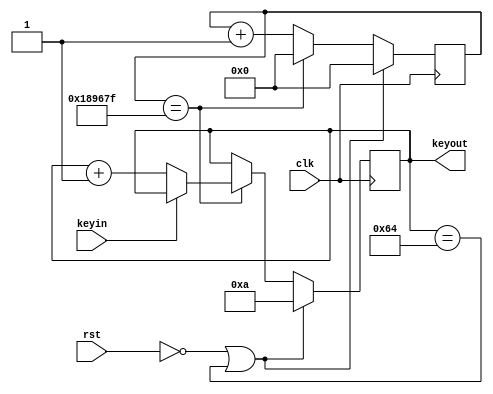
module keygenerator(keyin,keyout,rst,clk);
input  keyin;
input rst,clk;
output [8:0]keyout;
reg [21:0] count;
reg [8:0] key_scan=9'd10;

//reg [8:0]keyout=b;

//always @(posedge clk)
//begin
//if (!rst||keyout==400)
//keyout<=b;
//else if (keyin==3'b110) keyout<=keyout+9'b000000001; // 频率为0.1Mhz增加
//else if (keyin==3'b101) keyout<=keyout+9'b000001010; //频率为 1Mhz 增加
//else if (keyin==3'b011) keyout<=keyout+9'b001100100; //频率为 10Mh增加
//else  keyout<=keyout;
//end
always @(negedge clk)     //检测时钟的上升沿
begin
   if((!rst)||(key_scan==9'd100))                //复位信号低有效, k最高为100
	begin
      count<=22'd0;        //计数器清0
		key_scan<=9'd10;        //k清零
	end		
   else
      begin
         if(count ==22'd9_999_999)   //实测中乱改的消抖计数器，反正有效
            begin
               count <= 22'b0;  			//，计数器清零
					if(keyin==0)					//当key按下即keyin为低电平时候		
					key_scan <= key_scan+9'b1; //k+1，即增加10khz
            end
         else
            count <= count + 22'b1; //计数器加1
     end
end



//assign keyout=9'b1;
assign keyout=key_scan;
endmodule